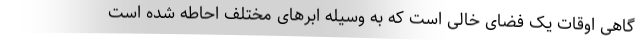
گاهی اوقات یک فضای خالی است که به وسیله ابر‌های مختلف احاطه شده است